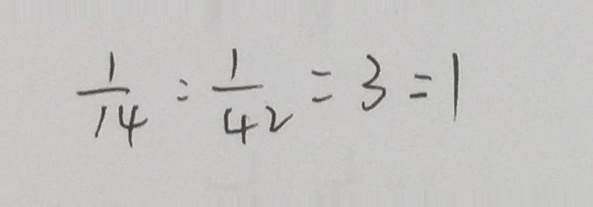
\frac { 1 } { 1 4 } : \frac { 1 } { 4 2 } = 3 : 1